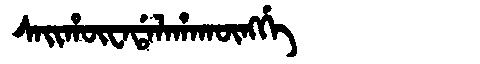
Manchu: ᠰᠠᡳᡥᡡᠸᠠᡩᠠᠯᠠᡥᠠᡴᡡᠩᡤᡝ
Romanization: SAIHŪWADALAHAKŪNGGE